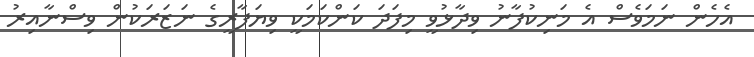
އެހެން ނަމަވެސް އެ މަނިކުފާނު ވިދާޅުވީ މިފަދަ ކަންކަމަކީ ވިޔަފާރީގެ ނަޒަރަކުން ވިސްނާއިރު